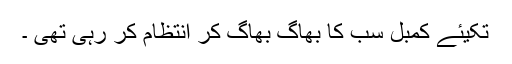
تکیئے کمبل سب کا بھاگ بھاگ کر انتظام کر رہی تھی ۔